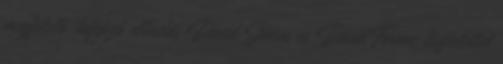
megfelelő, kifejező előadás Dávid János és Dávid Ferenc tisztelettel